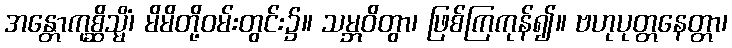
အန္တောကုစ္ဆိသ္မိံ၊ မိမိတို့ဝမ်းတွင်း၌။ သမ္ဘဝိတွာ၊ ဖြစ်ကြကုန်၍။ ဗဟုပုတ္တနေတ္တာ၊